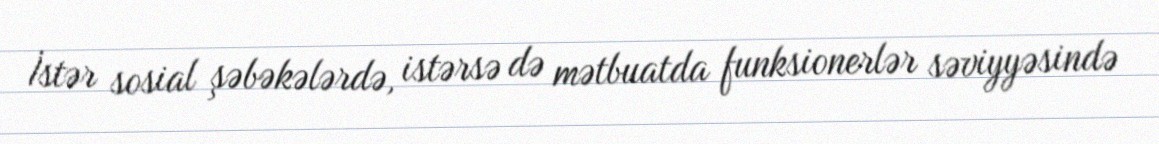
İstər sosial şəbəkələrdə, istərsə də mətbuatda funksionerlər səviyyəsində